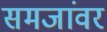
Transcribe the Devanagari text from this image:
समजांवर